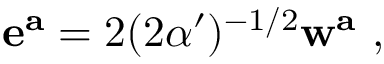
{ \bf e ^ { a } } = 2 ( 2 \alpha ^ { \prime } ) ^ { - 1 / 2 } { \bf w ^ { a } } \ ,